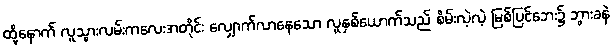
ထို့နောက် လူသွားလမ်းကလေးအတိုင်း လျှောက်လာနေသော လူနှစ်ယောက်သည် စိမ်းလဲ့လဲ့ မြစ်ပြင်ဘေး၌ ဘွားခနဲ